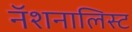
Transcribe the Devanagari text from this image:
नॅशनालिस्ट